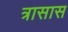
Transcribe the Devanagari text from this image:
त्रासास